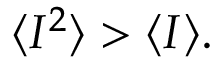
\langle I ^ { 2 } \rangle > \langle I \rangle .